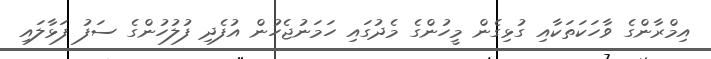
އިމްރާންގެ ވާހަކަތަކާއި ގުޅިގެން މީހުންގެ މެދުގައި ހަމަނުޖެހުން އުފެދި ފުލުހުންގެ ސަފު ފަޅާލައި